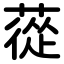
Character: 蓯